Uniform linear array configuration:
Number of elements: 16
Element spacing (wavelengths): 0.75
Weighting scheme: hann
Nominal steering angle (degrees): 15
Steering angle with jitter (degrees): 14.794
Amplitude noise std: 0.05
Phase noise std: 0.05

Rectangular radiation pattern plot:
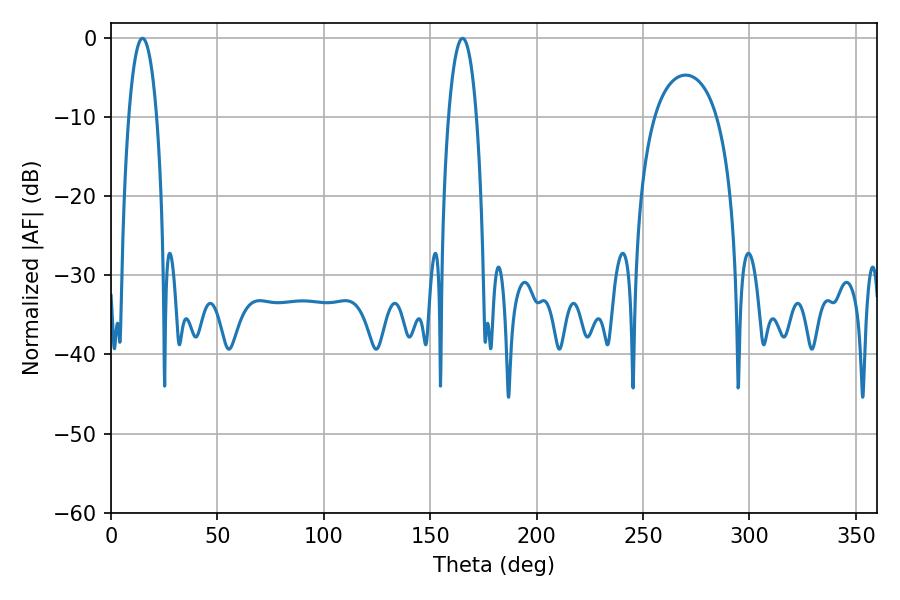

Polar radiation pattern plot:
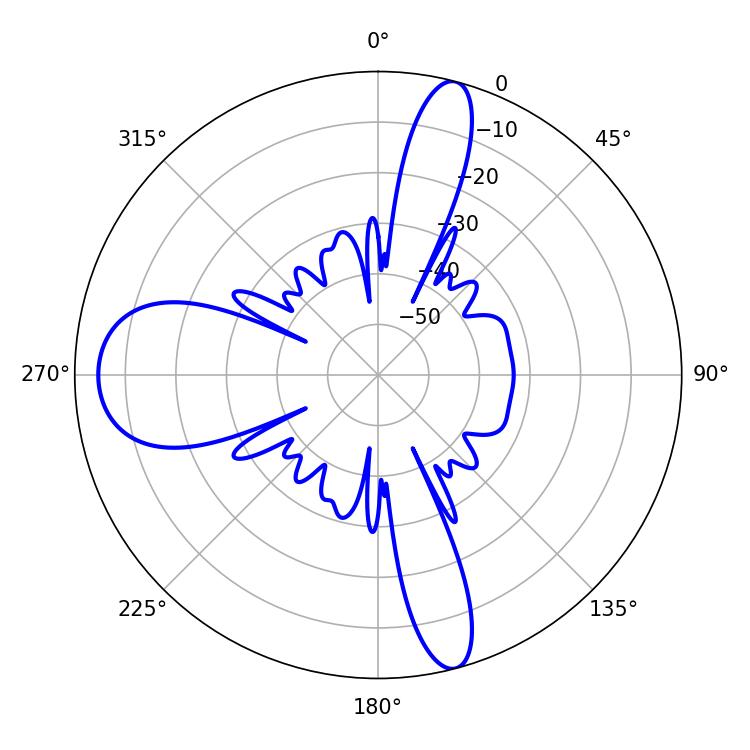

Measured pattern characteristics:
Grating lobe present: TRUE
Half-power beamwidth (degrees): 7.38
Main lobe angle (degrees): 14.76